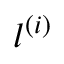
l ^ { ( i ) }